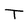
Character: T